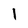
Character: 1